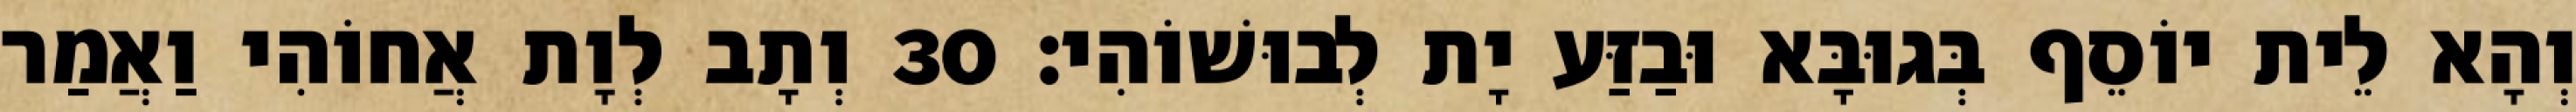
וְהָא לֵית יוֹסֵף בְּגוּבָּא וּבַזַּע יָת לְבוּשׁוֹהִי׃ 30 וְתָב לְוָת אֲחוֹהִי וַאֲמַר